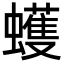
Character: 蠖